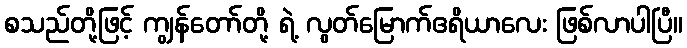
စသည်တို့ဖြင့် ကျွန်တော်တို့ ရဲ့ လွတ်မြောက်ဧရိယာလေး ဖြစ်လာပါပြီ။